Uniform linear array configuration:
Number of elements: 16
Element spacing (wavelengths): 0.75
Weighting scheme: binomial
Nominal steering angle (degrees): -45
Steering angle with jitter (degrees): -44.636
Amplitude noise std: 0.05
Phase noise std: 0.05

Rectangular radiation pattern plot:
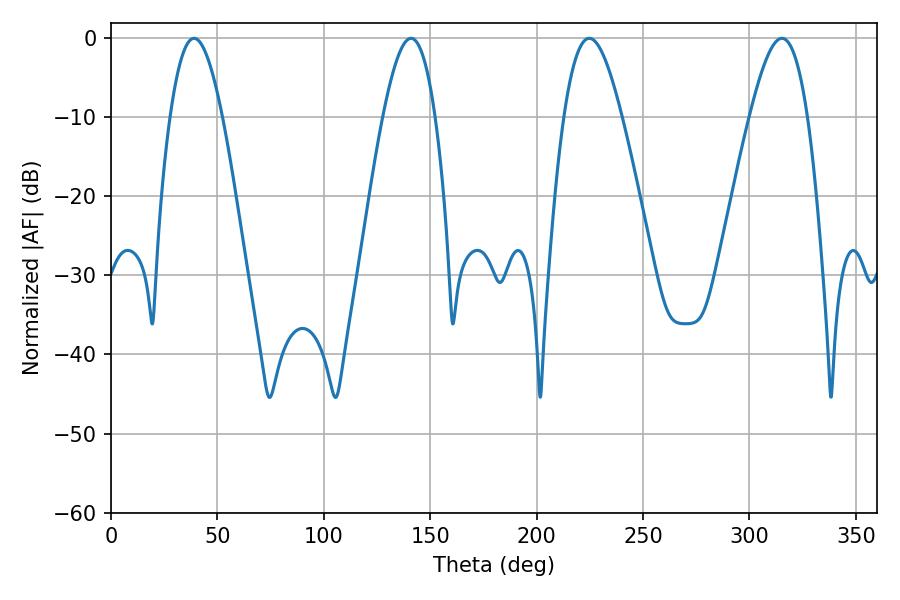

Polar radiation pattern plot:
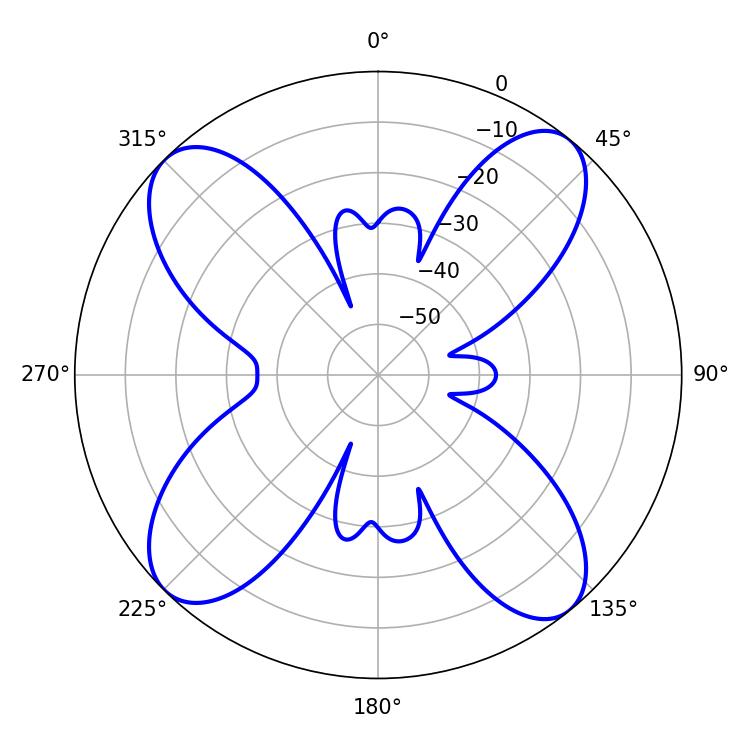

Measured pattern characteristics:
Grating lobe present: TRUE
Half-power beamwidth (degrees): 13.32
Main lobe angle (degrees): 39.06